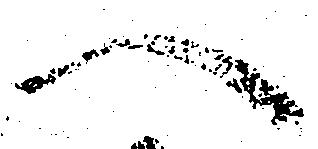
へ